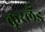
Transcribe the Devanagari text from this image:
कूरलँड